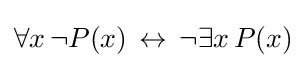
\forall x\,\neg P(x)\,\leftrightarrow \,\neg \exists x\,P(x)